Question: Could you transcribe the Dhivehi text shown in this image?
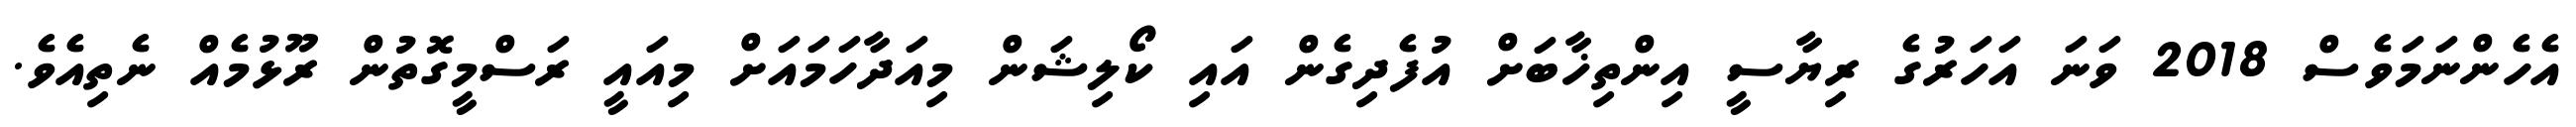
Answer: އެހެންނަމަވެސް 2018 ވަނަ އަހަރުގެ ރިޔާސީ އިންތިޚާބަށް އުފެދިގެން އައި ކޯލިޝަން މިއަދާހަމައަށް މިއައީ ރަސްމީގޮތުން ރޫޅުމެއް ނެތިއެވެ.